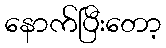
နောက်ပြီးတော့